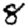
Digit: 8